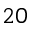
2 0